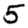
Digit: 5